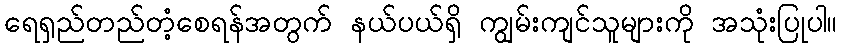
ရေရှည်တည်တံ့စေရန်အတွက် နယ်ပယ်ရှိ ကျွမ်းကျင်သူများကို အသုံးပြုပါ။